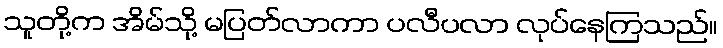
သူတို့က အိမ်သို့ မပြတ်လာကာ ပလီပလာ လုပ်နေကြသည်။